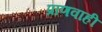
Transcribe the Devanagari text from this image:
प्राणवाही